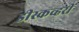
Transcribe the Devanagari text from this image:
डीस्कव्हरी